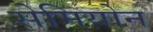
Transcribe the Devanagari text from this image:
सेमियोन